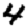
Digit: 4